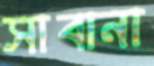
সাবানা